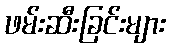
ဖမ်းဆီးခြင်းများ